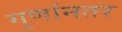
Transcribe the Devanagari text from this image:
गुणांनतर